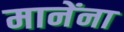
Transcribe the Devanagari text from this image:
मानेंना